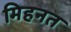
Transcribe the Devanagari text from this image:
मिहनत